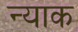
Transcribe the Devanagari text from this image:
न्याक